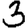
Digit: 3